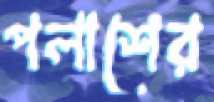
পলাশের